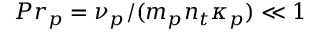
{ P r _ { p } } = \nu _ { p } / ( m _ { p } n _ { t } \kappa _ { p } ) \ll 1